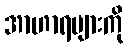
အာဟာရများကို